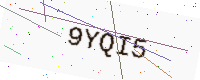
Text: 9YQI5